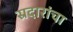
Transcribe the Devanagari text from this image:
स्रदारांचा